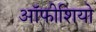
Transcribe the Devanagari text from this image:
ऑफीशियो